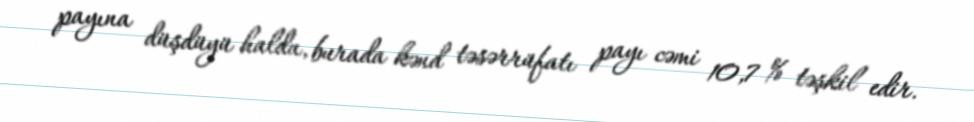
payına düşdüyü halda, burada kənd təsərrüfatı payı cəmi 10,7 % təşkil edir.